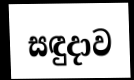
සඳුදාව